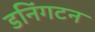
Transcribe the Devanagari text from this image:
डनिंगटन